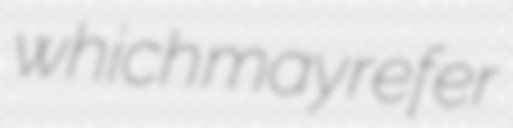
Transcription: which may refer